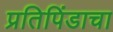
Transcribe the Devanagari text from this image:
प्रतिपिंडाचा